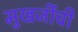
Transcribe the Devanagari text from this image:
मुखर्जीची